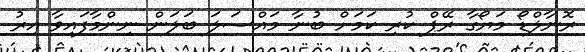
ރޮނާލްޑޯ މަޔޯގާ ރޭޕް ކުރި ކަމަށް ބުނާ މައްސަލަ ބަލަން ނިންމާފައިވާ އިރު